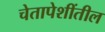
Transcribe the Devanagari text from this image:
चेतापेशींतील